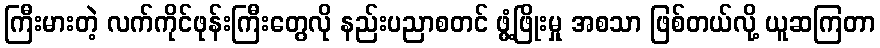
ကြီးမားတဲ့ လက်ကိုင်ဖုန်းကြီးတွေလို နည်းပညာစတင် ဖွံ့ဖြိုးမှု အစသာ ဖြစ်တယ်လို့ ယူဆကြတာ